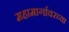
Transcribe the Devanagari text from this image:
महामार्गावरच्या